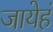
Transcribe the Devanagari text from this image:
जायेहं